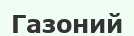
Газоний